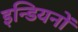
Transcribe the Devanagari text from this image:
इन्डियनों